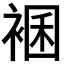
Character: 𧛃